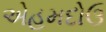
એહમદોઉ